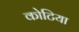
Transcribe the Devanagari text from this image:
कोटिया